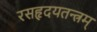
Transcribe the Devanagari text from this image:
रसहृदयतन्त्रम्